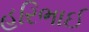
હરિભાઈ